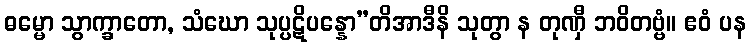
ဓမ္မော သွာက္ခာတော, သံဃော သုပ္ပဋိပန္နော”တိအာဒီနိ သုတွာ န တုဏှီ ဘဝိတဗ္ဗံ။ ဧဝံ ပန